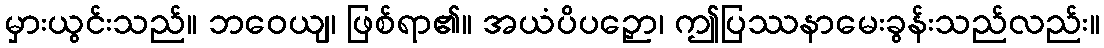
မှားယွင်းသည်။ ဘဝေယျ၊ ဖြစ်ရာ၏။ အယံပိပဉှော၊ ဤပြဿနာမေးခွန်းသည်လည်း။